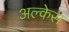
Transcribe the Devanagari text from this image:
अल्केस